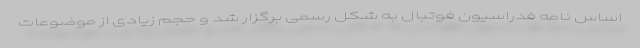
اساس نامه فدراسیون فوتبال به شکل رسمی برگزار شد و حجم زیادی از موضوعات